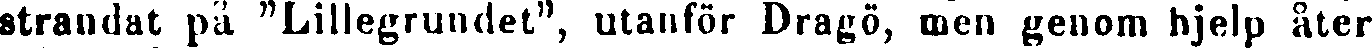
strandat på "Lillegrundet", utanför Dragö, men genom hjelp åter